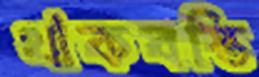
থাকবস্তি